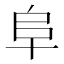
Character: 阜